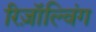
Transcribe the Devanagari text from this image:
रिज़ॉल्विंग